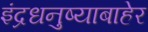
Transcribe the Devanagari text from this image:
इंद्रधनुष्याबाहेर